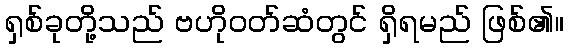
ရှစ်ခုတို့သည် ဗဟိုဝတ်ဆံတွင် ရှိရမည် ဖြစ်၏။